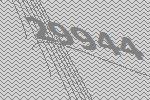
29944